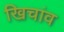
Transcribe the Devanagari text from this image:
खिचांव